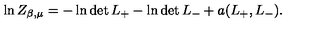
\ln Z _ { \beta , \mu } = - \ln \det L _ { + } - \ln \det L _ { - } + a ( L _ { + } , L _ { - } ) .